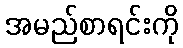
အမည်စာရင်းကို